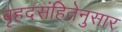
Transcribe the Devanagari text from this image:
बृहदसंहितेनुसार